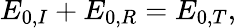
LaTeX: E_{0,I}+E_{0,R}=E_{0,T},